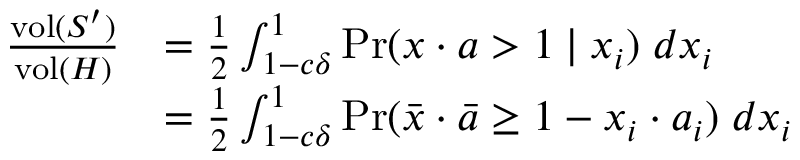
\begin{array} { r l } { \frac { \mathrm { v o l } ( S ^ { \prime } ) } { \mathrm { v o l } ( H ) } } & { = \frac { 1 } { 2 } \int _ { 1 - c \delta } ^ { 1 } \operatorname* { P r } ( x \cdot a > 1 \mid x _ { i } ) \; d x _ { i } } \\ & { = \frac { 1 } { 2 } \int _ { 1 - c \delta } ^ { 1 } \operatorname* { P r } ( \bar { x } \cdot \bar { a } \ge 1 - x _ { i } \cdot a _ { i } ) \; d x _ { i } } \end{array}